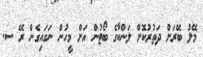
މޭލު ބޭރަށް ދަތުރުކޮށް ލަންކާގެ ބޯޓުން އަށް މީހުން ނަގައިގެން ރޭ ސ.